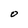
Character: O